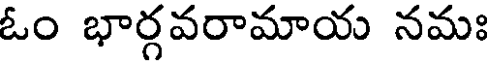
ఓం భార్గవరామాయ నమః